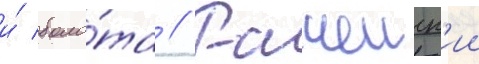
и́ боло́та // Рачеиск'ии